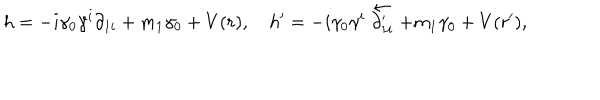
LaTeX: h = - i \gamma _ { 0 } \gamma ^ { i } \partial _ { 1 i } + m _ { 1 } \gamma _ { 0 } + V ( r ) , h ^ { \prime } = - i \gamma _ { 0 } \gamma ^ { i } \stackrel { \leftarrow } { \partial _ { 1 i } ^ { \prime } } + m _ { 1 } \gamma _ { 0 } + V ( r ^ { \prime } ) ,